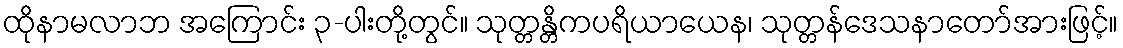
ထိုနာမလာဘ အကြောင်း ၃-ပါးတို့တွင်။ သုတ္တန္တိကပရိယာယေန၊ သုတ္တန်ဒေသနာတော်အားဖြင့်။